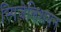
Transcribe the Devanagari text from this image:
स्पिजेलिशयन